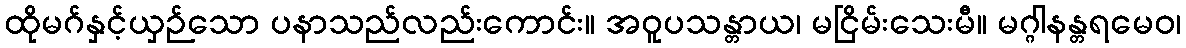
ထိုမဂ်နှင့်ယှဉ်သော ပနာသည်လည်းကောင်း။ အဝူပသန္တာယ၊ မငြိမ်းသေးမီ။ မဂ္ဂါနန္တရမေဝ၊